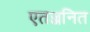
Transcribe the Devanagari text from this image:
एतज्जनित